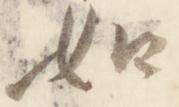
如